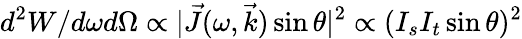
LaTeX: d^{2}W/d\omega d\Omega\propto|\vec{J}(\omega,\vec{k})\sin\theta|^{2}\propto(I_{s}I_{t}\sin\theta)^{2}